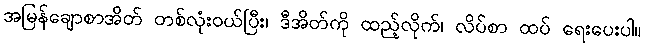
အမြန်ချောစာအိတ် တစ်လုံးဝယ်ပြီး၊ ဒီအိတ်ကို ထည့်လိုက်၊ လိပ်စာ ထပ် ရေးပေးပါ။